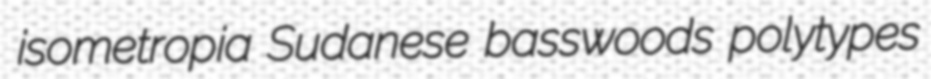
isometropia Sudanese basswoods polytypes